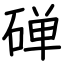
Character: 䃅